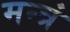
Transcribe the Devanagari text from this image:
मन्त्रं